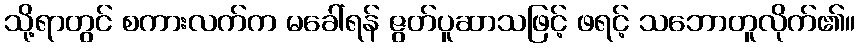
သို့ရာတွင် စကားလက်က မခေါ်ရန် ဇွတ်ပူဆာသဖြင့် ဖရင့် သဘောတူလိုက်၏။